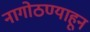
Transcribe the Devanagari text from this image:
नागोठण्याहून